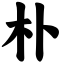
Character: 朴